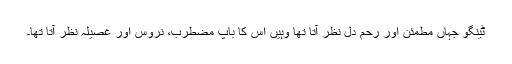
ٹینگو جہاں مطمئن اور رحم دل نظر آتا تھا وہیں اس کا باپ مضطرب، نروس اور غصیلہ نظر آتا تھا۔